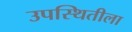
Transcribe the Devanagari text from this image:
उपस्थितीला